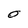
Character: O